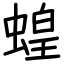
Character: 蝗